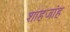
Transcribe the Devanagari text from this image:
शाहजांह